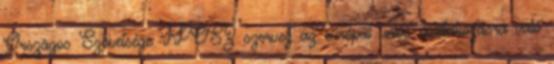
Országos Szövetsége IPOSZ szervez az európai uniós csatlakozásra való